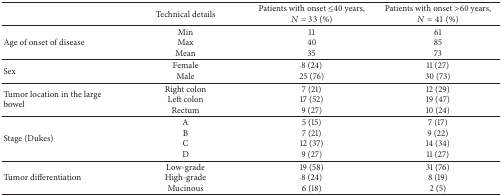
|  | Technical details | Patients with onset ≤40 years, N = 33 (%) | Patients with onset >60 years, N = 41 (%) |
 | --- | --- | --- | --- |
 | Age of onset of disease | MinMaxMean | 114035 | 618573 |
 | Sex | FemaleMale | 8 (24)25 (76) | 11 (27)30 (73) |
 | Tumor location in the large bowel | Right colonLeft colonRectum | 7 (21)17 (52)9 (27) | 12 (29)19 (47)10 (24) |
 | Stage (Dukes) | ABCD | 5 (15)7 (21)12 (37) 9 (27) | 7 (17)9 (22)14 (34)11 (27) |
 | Tumor differentiation | Low-gradeHigh-gradeMucinous | 19 (58) 8 (24) 6 (18) | 31 (76)8 (19)2 (5) |